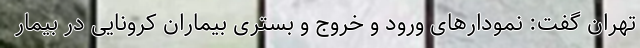
تهران گفت: نمودارهای ورود و خروج و بستری بیماران کرونایی در بیمار